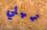
تمهلي